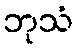
ဘုသံ